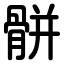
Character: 骿